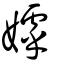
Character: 嫭